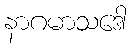
နာဂမာသဒေါ